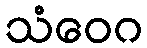
သံဝေဂ